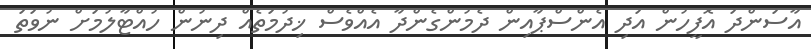
އާސަންދަ އޮފީހުން އަދި އެންސްޕާއިން ދެމުންގެންދާ އެއްވެސް ޚިދުމަތެއް ދިނުން ހުއްޓާލުމަށް ނުވަތަ